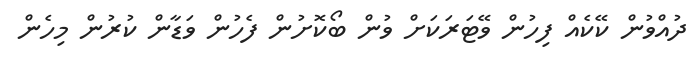
ދުއްވުން ކޭކެއް ފިހުން ވޭޓަރަކަށް ވުން ބޯކޮށުން ފެހުން ވަޑާން ކުރުން މިހެން